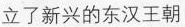
立了新兴的东汉王朝